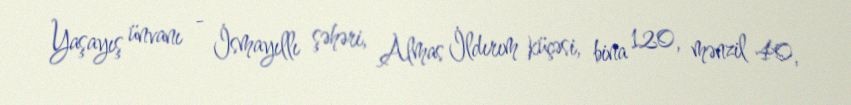
Yaşayış ünvanı - İsmayıllı şəhəri, Almas İldırım küçəsi, bina 120, mənzil 40,